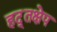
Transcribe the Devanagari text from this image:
हद्तक्षेप